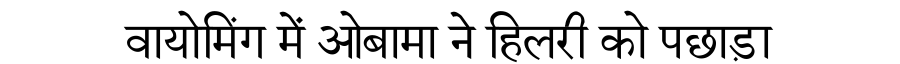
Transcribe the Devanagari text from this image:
वायोमिंग में ओबामा ने हिलरी को पछाड़ा